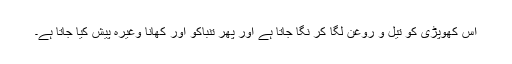
اس کھوپڑی کو تیل و روغن لگا کر نگا جاتا ہے اور پھر تنباکو اور کھانا وغیرہ پیش کیا جاتا ہے۔